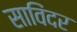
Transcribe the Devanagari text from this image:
साविंदर